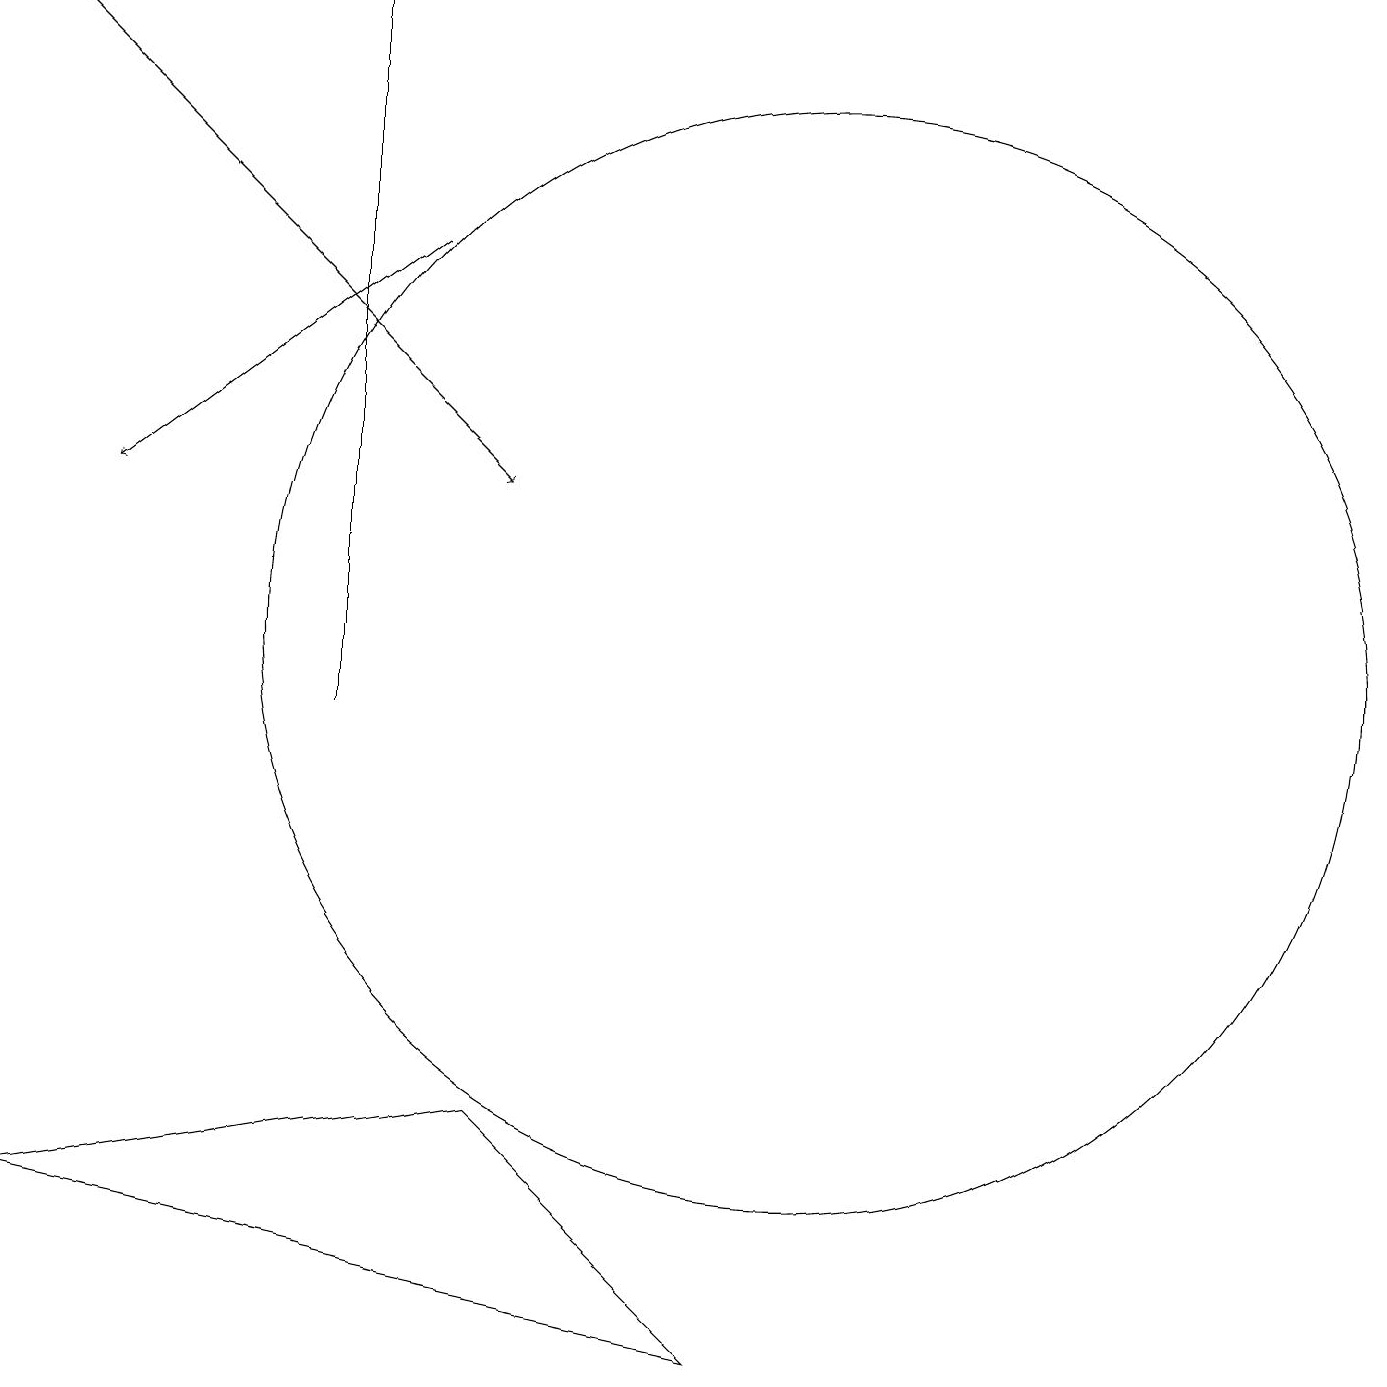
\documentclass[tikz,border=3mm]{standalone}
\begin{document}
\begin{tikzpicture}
\draw (10,11) circle (7);
\draw (4,19) rectangle (4,10);
\draw (0,4) -- (6,5) -- (9,2) -- cycle;
\draw[->] (5,16) -- (1,13);
\draw[->] (0,19) -- (6,13);
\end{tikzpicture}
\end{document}